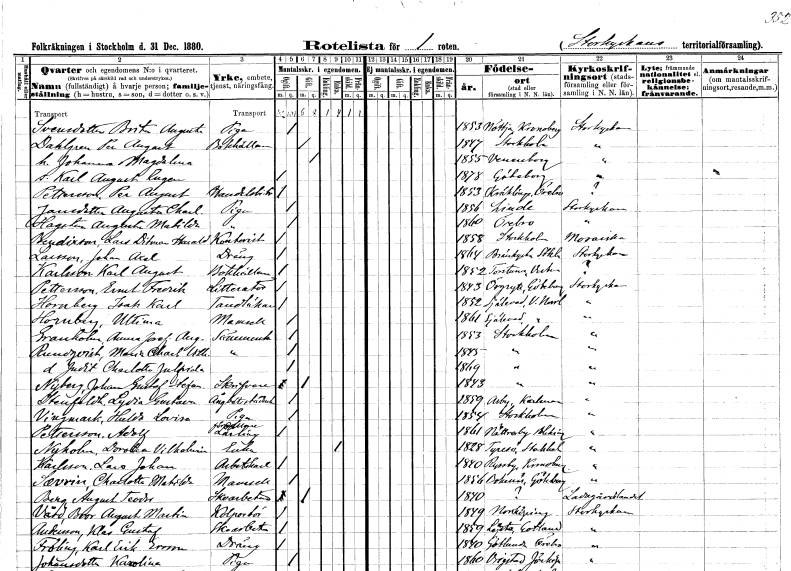
gt_parse: households: individuals: FN: Brita Augusta
EN: Svensdotter
YRKE: Piga
KON: K
CIV: O
FODAR: 1853
FODFORS: Nöttja Kronobergs län
FN: Per August
EN: Dahlgren
YRKE: Bokhållare
KON: M
CIV: G
FODAR: 1847
FODFORS: Stockholm
FN: Johanna Magdalena
KON: K
CIV: G
FODAR: 1855
FODFORS: Vänersborg Älvsborgs län
FN: Karl August Eugen
KON: M
CIV: O
FODAR: 1878
FODFORS: Göteborg Göteborgs- och Bohuslän
FN: Per August
EN: Pettersson
YRKE: Handelsbiträde
KON: M
CIV: O
FODAR: 1853
FODFORS: Skönberga Östergötlands län
FN: Augusta Charlotta
EN: Jansdotter
YRKE: Piga
KON: K
CIV: O
FODAR: 1856
FODFORS: Linde bergsförsamling Örebro län
FN: Augusta Matilda
EN: Hagsten
YRKE: Piga
KON: K
CIV: O
FODAR: 1860
FODFORS: Örebro Örebro län
FN: Lars Ditmar Harald
EN: Beudixson
YRKE: Kontorist
KON: M
CIV: O
FODAR: 1858
FODFORS: Stockholm
FN: Johan Axel
EN: Larsson
YRKE: Dräng
KON: M
CIV: O
FODAR: 1864
FODFORS: Brännkyrka Stockholms län
FN: Karl August
EN: Karlsson
YRKE: Bokhållare
KON: M
CIV: O
FODAR: 1852
FODFORS: Torstuna Uppsala län
FN: Ernst Fredrik
EN: Pettersson
YRKE: Litteratör
KON: M
CIV: O
FODAR: 1843
FODFORS: Örgryte Göteborgs- och Bohuslän
FN: Isak Karl
EN: Hornberg
YRKE: Tandläkare
KON: M
CIV: O
FODAR: 1852
FODFORS: Själevad Västernorrlands län
FN: Ultina
EN: Hornberg
KON: K
CIV: O
FODAR: 1861
FODFORS: Själevad Västernorrlands län
FN: Anna Josefina Augusta
EN: Granholm
YRKE: Sömmerska
KON: K
CIV: O
FODAR: 1853
FODFORS: Stockholm
FN: Maria Charlotta Vilhelmina
EN: Rundqvist
YRKE: Sömmerska
KON: K
CIV: O
FODAR: 1845
FODFORS: Stockholm
FN: Judit Charlotta julfrida
KON: K
CIV: O
FODAR: 1869
FODFORS: Stockholm
FN: Johan Gustaf Stefan
EN: Nyberg
YRKE: Skrivare
KON: M
CIV: O
FODAR: 1843
FODFORS: Stockholm
FN: Lydia Gustava
EN: Stenfeldt
YRKE: Ångbåtsstäderska
KON: K
CIV: O
FODAR: 1859
FODFORS: Arby Kalmar län
FN: Hulda Lovisa
EN: Vingmark
YRKE: Piga
KON: K
CIV: O
FODAR: 1854
FODFORS: Stockholm
FN: Adolf
EN: Pettersson
YRKE: Lärling
KON: M
CIV: O
FODAR: 1861
FODFORS: Nättraby Blekinge län
FN: Dorotea Vilhelmina
EN: Nyholm
YRKE: Änka
KON: K
CIV: O
FODAR: 1828
FODFORS: Tyresö Stockholms län
FN: Lars Johan
EN: Karlsson
YRKE: Arbetskarl
KON: M
CIV: O
FODAR: 1840
FODFORS: Ryssby Kalmar län
FN: Charlotta Matilda
EN: Severin
KON: K
CIV: O
FODAR: 1856
FODFORS: Bokenäs Göteborgs- och Bohuslän
FN: August Teodor
EN: Berg
YRKE: Skoarbetare
KON: M
CIV: G
FODAR: 1840
FN: Bror August Martin
EN: Vård
YRKE: Kolportör
KON: M
CIV: O
FODAR: 1849
FODFORS: Norrköping Östergötlands län